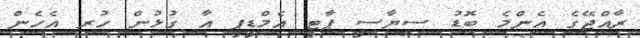
ރާއްޖޭގެ އެންމެ ބޮޑު ސިޔާސީ ޕާޓީ އެމްޑީޕީ އާ ގުޅުން ހުރި އެހެން